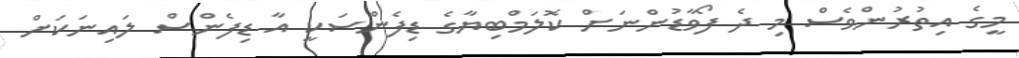
މީގެ އިތުރުންވެސް މި ދެ ފޯވާޑުންނަށް ކޮލަމްބިޔާގެ ޑިފެންސަކީ އާ ޑިފެންސް ލައިނަކަށް